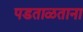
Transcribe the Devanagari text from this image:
पडताळताना